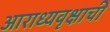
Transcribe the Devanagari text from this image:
आराध्यवृक्षाची